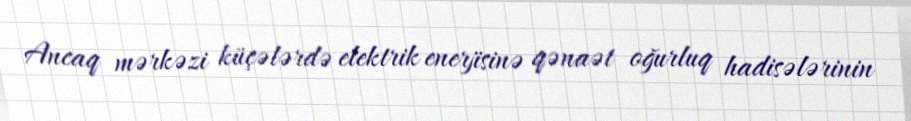
Ancaq mərkəzi küçələrdə elektrik enerjisinə qənaət oğurluq hadisələrinin